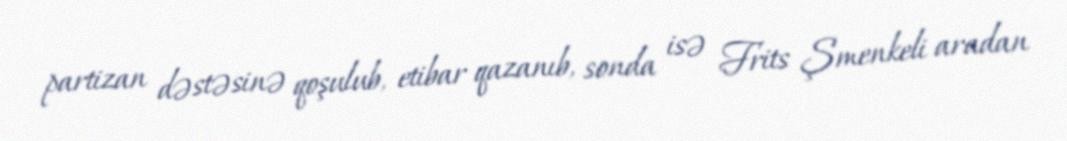
partizan dəstəsinə qoşulub, etibar qazanıb, sonda isə Frits Şmenkeli aradan